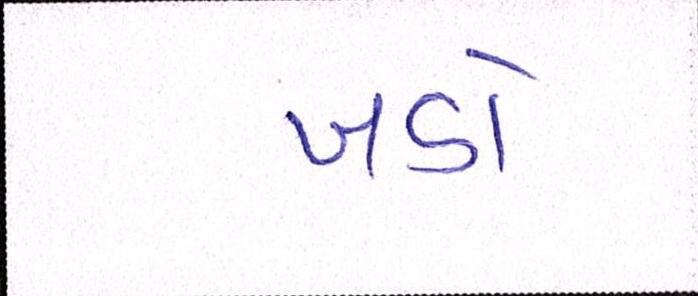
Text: ખડો